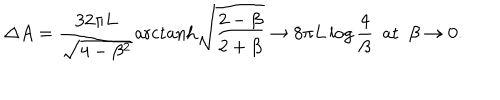
LaTeX: \Delta A = \frac { 3 2 \pi L } { \sqrt { 4 - \beta ^ { 2 } } } \mathrm { a r c t a n h } \sqrt { \frac { 2 - \beta } { 2 + \beta } } \to 8 \pi L \log \frac { 4 } { \beta } \, \, \, \mathrm { a t } \, \, \, \beta \to 0 .